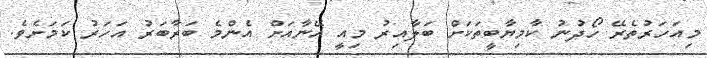
މިއަހަރުތެރޭ ހޯދުނު ކާމިޔާބީތަކަށް ބަލާއިރު މިއީ އޭނާއަށް އެންމެ ބަރާބަރު އަހަރު ކަމަށެވެ.